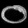
Digit: ၀